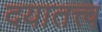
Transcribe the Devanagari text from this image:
दयातत्त्व